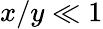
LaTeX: x/y\ll 1